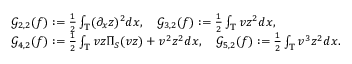
\begin{array} { r l } & { \mathcal { G } _ { 2 , 2 } ( f ) : = \frac { 1 } { 2 } \int _ { \mathbb { T } } ( \partial _ { x } z ) ^ { 2 } d x , \quad \mathcal { G } _ { 3 , 2 } ( f ) : = \frac { 1 } { 2 } \int _ { \mathbb { T } } v z ^ { 2 } d x , } \\ & { \mathcal { G } _ { 4 , 2 } ( f ) : = \frac { 1 } { 2 } \int _ { \mathbb { T } } v z \Pi _ { S } ( v z ) + v ^ { 2 } z ^ { 2 } d x , \quad \mathcal { G } _ { 5 , 2 } ( f ) : = \frac { 1 } { 2 } \int _ { \mathbb { T } } v ^ { 3 } z ^ { 2 } d x . } \end{array}